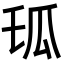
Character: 𤫪